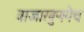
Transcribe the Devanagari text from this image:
बाजारबुणगेच